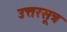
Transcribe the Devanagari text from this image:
उत्तरसूत्र